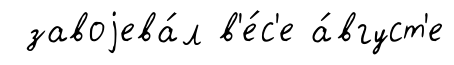
завоjева́л в'е́с'е а́вгуст'е